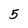
Character: 5